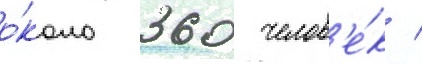
о́коло 360 челов'е́к /